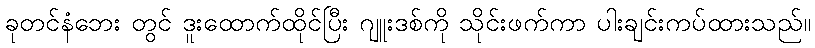
ခုတင်နံဘေး တွင် ဒူးထောက်ထိုင်ပြီး ဂျူးဒစ်ကို သိုင်းဖက်ကာ ပါးချင်းကပ်ထားသည်။